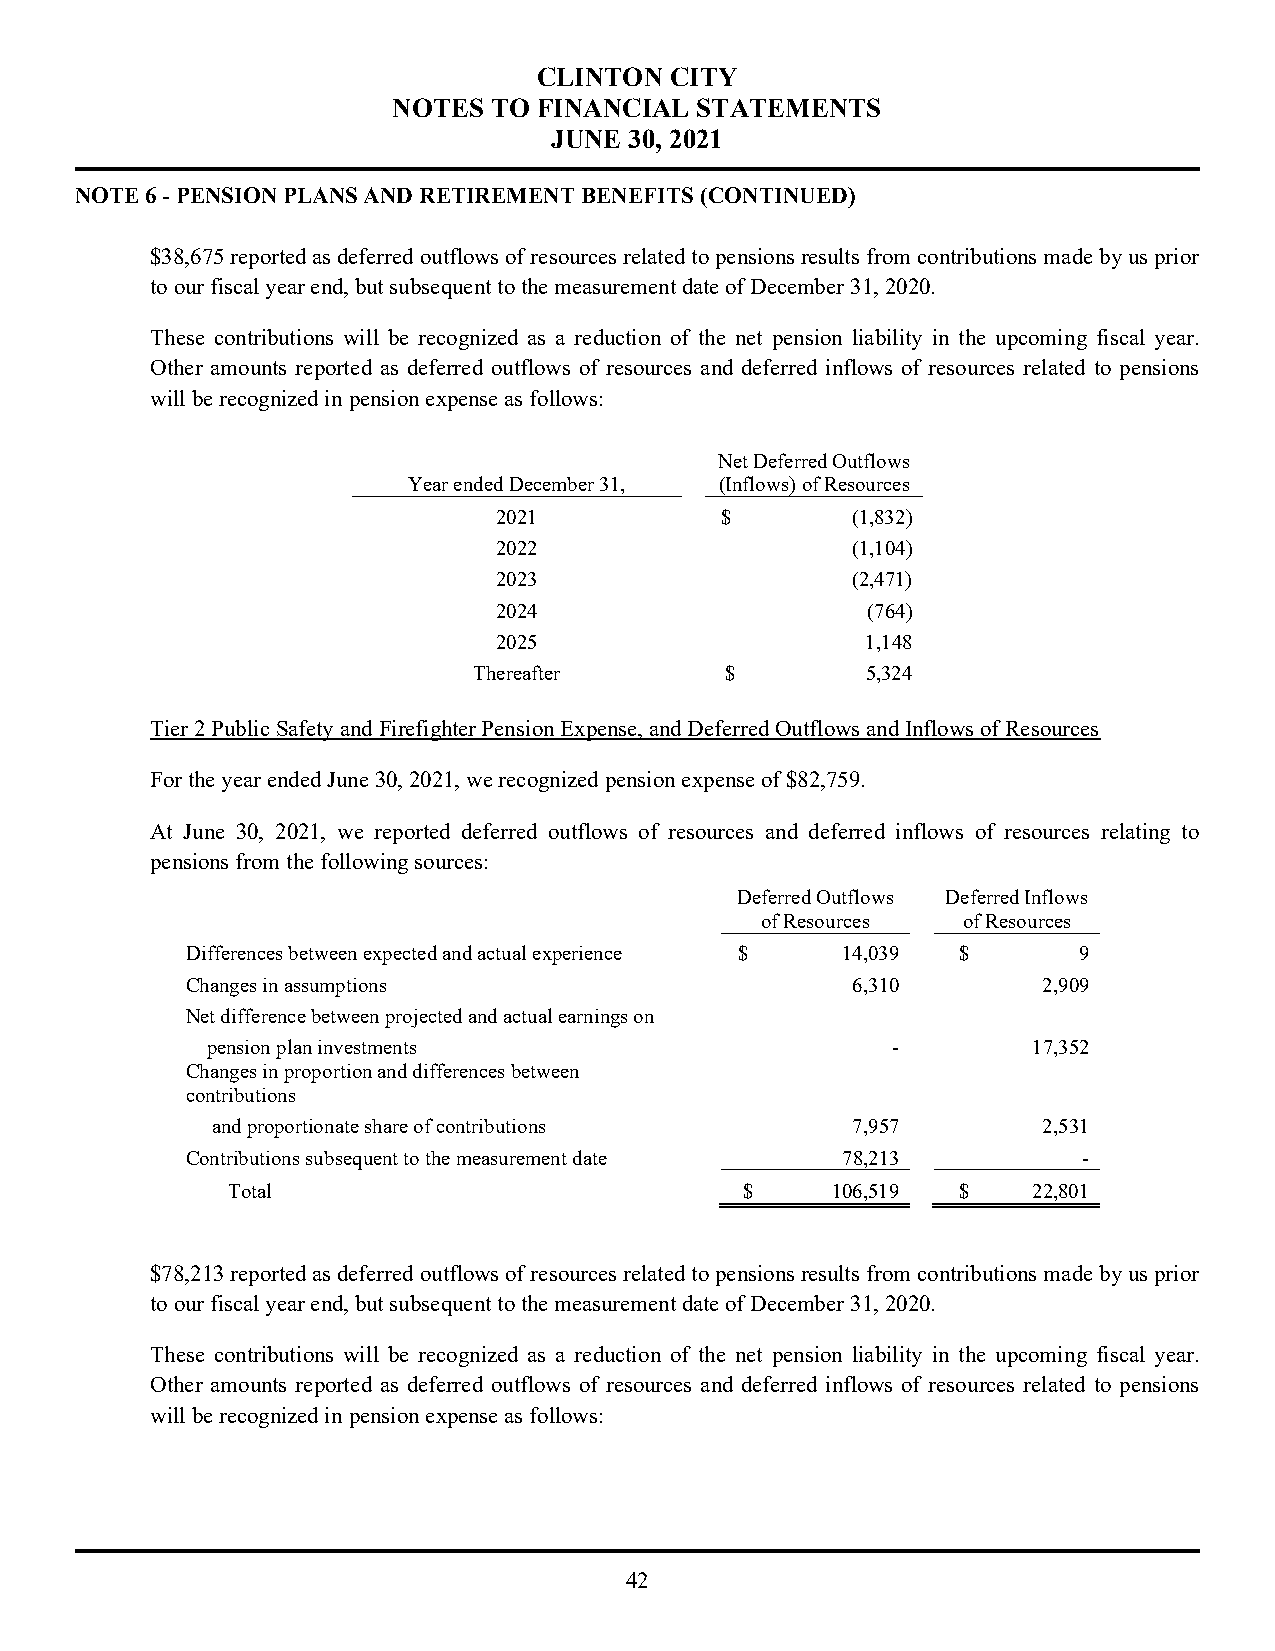
CLINTON CITY
 NOTES TO  FINANCIAL STATEMENTS
 JUNE  30, 2021
 NOTE 6 - PENSION PLANS AND RETIREMENT BENEFITS (CONTINUED)
 $38,675 reported as deferred outflows of resources related to pensions results from contributions made by us prior
 to our fiscal year end, but subsequent to the measurement date of December 31, 2020.
 These contributions will be recognized as a reduction of the net pension liability in the upcoming fiscal year.
 Other amounts reported as deferred outflows of resources and deferred inflows of resources related to pensions
 will be recognized in pension expense as follows:
 Net Deferred Outflows
 Year ended December 31, (Inflows) of Resources
 2021           $       (1,832)
 2022                   (1,104)
 2023                   (2,471)
 2024                    (764)
 2025                    1,148
 Thereafter       $        5,324
 Tier 2 Public Safety and Firefighter Pension Expense, and Deferred Outflows and Inflows of Resources
 For the year ended June 30, 2021, we recognized pension expense of $82,759.
 At June 30, 2021, we reported deferred outflows of resources and deferred inflows of resources relating to
 pensions from the following sources:
 Deferred Outflows Deferred Inflows
 of Resources  of Resources
 Differences between expected and actual experience $ 14,039 $ 9
 Changes in assumptions                      6,310        2,909
 Net difference between projected and actual earnings on
 pension plan investments                     -        17,352
 Changes in proportion and differences between
 contributions
 and proportionate share of contributions  7,957        2,531
 Contributions subsequent to the measurement date 78,213     -
 Total                             $     106,519 $    22,801
 $78,213 reported as deferred outflows of resources related to pensions results from contributions made by us prior
 to our fiscal year end, but subsequent to the measurement date of December 31, 2020.
 These contributions will be recognized as a reduction of the net pension liability in the upcoming fiscal year.
 Other amounts reported as deferred outflows of resources and deferred inflows of resources related to pensions
 will be recognized in pension expense as follows:
 42